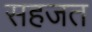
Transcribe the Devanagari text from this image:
सहजत